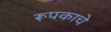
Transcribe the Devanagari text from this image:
रूपकाचे